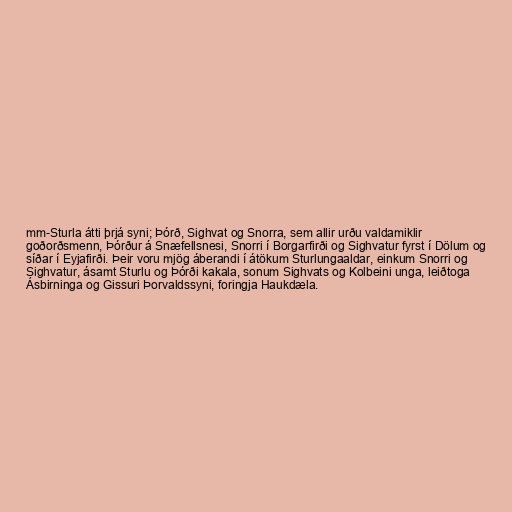
mm-Sturla átti þrjá syni; Þórð, Sighvat og Snorra, sem allir urðu valdamiklir
goðorðsmenn, Þórður á Snæfellsnesi, Snorri í Borgarfirði og Sighvatur fyrst í Dölum og
síðar í Eyjafirði. Þeir voru mjög áberandi í átökum Sturlungaaldar, einkum Snorri og
Sighvatur, ásamt Sturlu og Þórði kakala, sonum Sighvats og Kolbeini unga, leiðtoga
Ásbirninga og Gissuri Þorvaldssyni, foringja Haukdæla.